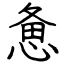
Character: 惫